Leaving Certificate Examination, 1903
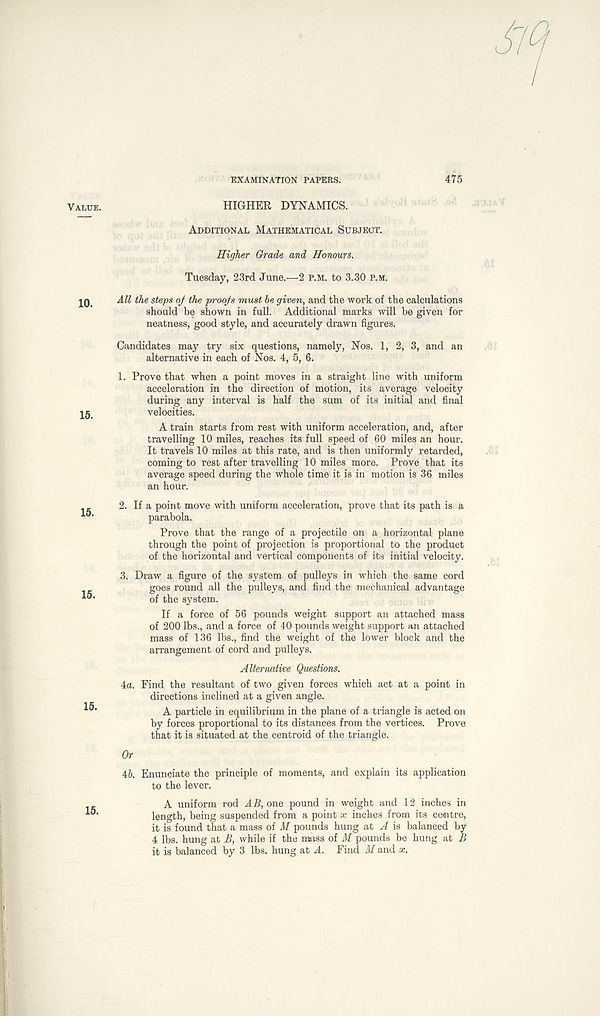
EXAMINATION PAPERS.
475
HIGHER DYNAMICS.
Additional Mathematical Subject.
Higher Grade and Honours.
Tuesday, 23rd June.—2 p.m. to 3.30 p.m.
All the steps oj the proofs must be given, and the work of the calculations
should be shown in full. Additional marks will be given for
neatness, good style, and accurately drawn figures.
Candidates may try six questions, namely, Nos. 1, 2, 3, and an
alternative in each of Nos. 4, 5, 6.
1. Prove that when a point moves in a straight line with uniform
acceleration in the direction of motion, its average velocity
during any interval is half the sum of its initial and final
velocities.
A train starts from rest with uniform acceleration, and, after
travelling 10 miles, reaches its full speed of 60 miles an hour.
It travels 10 miles at this rate, and is then uniformly retarded,
coming to rest after travelling 10 miles more. Prove that its
average speed during the whole time it is in motion is 36 miles
an hour.
2. If a point move with uniform acceleration, prove that its path is a
parabola.
Prove that the range of a projectile on a horizontal plane
through the point of projection is proportional to the product
of the horizontal and vertical components of its initial velocity.
3. Draw a figure of the system of pulleys in which the same cord
goes round all the pulleys, and find the mechanical advantage
of the system.
If a force of 56 pounds weight support an attached mass
of 200 lbs., and a force of 40 pounds weight support an attached
mass of 136 lbs., find the weight of the lower block and the
arrangement of cord and pulleys.
Alternative Questions.
4a. Find the resultant of two given forces which act at a point in
directions inclined at a given angle.
A particle in equilibrium in the plane of a triangle is acted on
by forces proportional to its distances from the vertices. Prove
that it is situated at the centroid of the triangle.
Or
46. Enunciate the principle of moments, and explain its application
to the lever.
A uniform rod AB, one pound in weight and 12 inches in
length, being suspended from a point x inches from its centre,
it is found that a*mass of M pounds hung at A is balanced by
4 lbs. hung at B, while if the mass of M pounds be hung at B
it is balanced by 3 lbs. hung at A. Find M and x.